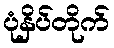
ပုံနှိပ်တိုက်